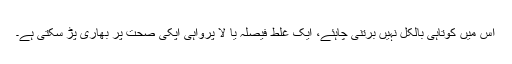
اس میں کوتاہی بالکل نہیں برتنی چاہئے، ایک غلط فیصلہ یا لا پرواہی آپکی صحت پر بھاری پڑ سکتی ہے۔